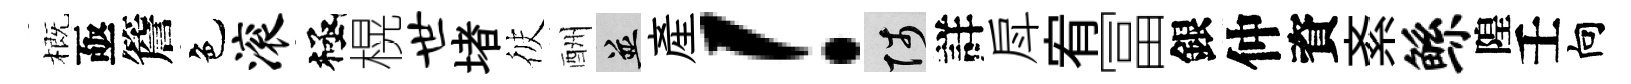
概亟簷色滚極榥世堵彼酬并産！陟詳戽宥冨銀仲資紊鲧隍壬向